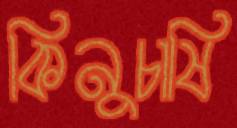
কিনুচাষি